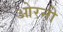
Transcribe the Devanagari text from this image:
ओरनी